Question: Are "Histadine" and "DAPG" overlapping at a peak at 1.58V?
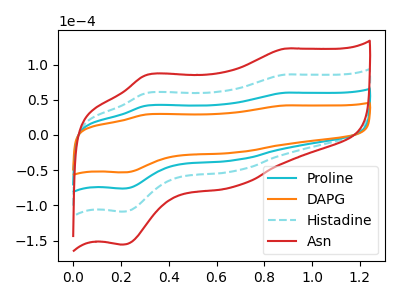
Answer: <think>The cyan curve "Proline" has anodic peaks at (0.90V, 59.95uA) (0.30V, 41.80uA) and cathodic peaks at (0.65V, -35.85uA) (0.20V, -76.15uA). The orange curve "DAPG" has anodic peaks at (0.90V, 41.90uA) (0.30V, 29.20uA) and cathodic peaks at (0.65V, -25.10uA) (0.20V, -53.25uA). The cyan dashed curve "Histadine" has anodic peaks at (0.90V, 119.85uA) (0.30V, 83.55uA) and cathodic peaks at (0.65V, -71.70uA) (0.20V, -152.30uA). The red curve "Asn" has anodic peaks at (0.90V, 179.80uA) (0.30V, 125.35uA) and cathodic peaks at (0.65V, -107.60uA) (0.20V, -228.40uA).</think>
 <answer>No, "Histadine" and "DAPG" dont share a peak at 1.58V.</answer>
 <eval>mismatch</eval>